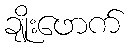
ချိုးဖောက်